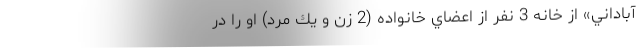
آباداني» از خانه 3 نفر از اعضاي خانواده (2 زن و يك مرد) او را در